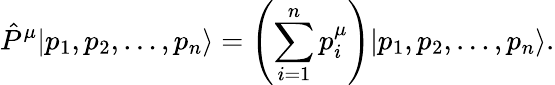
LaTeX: \hat{P}^{\mu}|p_{1},p_{2},\dots,p_{n}\rangle=\left(\sum_{i=1}^{n}p_{i}^{\mu}\right)|p_{1},p_{2},\dots,p_{n}\rangle.